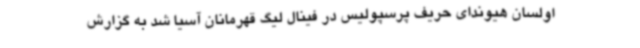
اولسان هیوندای حریف پرسپولیس در فینال لیگ قهرمانان آسیا شد به گزارش